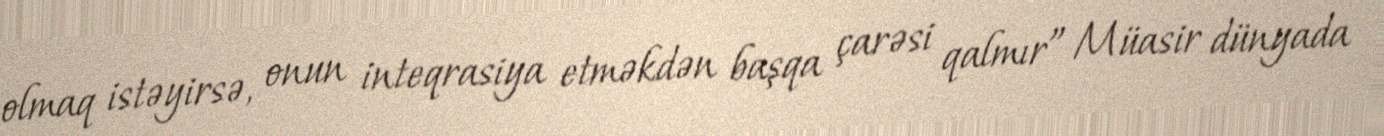
olmaq istəyirsə, onun inteqrasiya etməkdən başqa çarəsi qalmır” Müasir dünyada